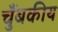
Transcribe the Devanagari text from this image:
चुँबकीय